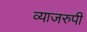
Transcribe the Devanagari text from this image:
व्याजरुपी